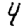
Digit: 4